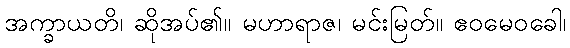
အက္ခာယတိ၊ ဆိုအပ်၏။ မဟာရာဇ၊ မင်းမြတ်။ ဧဝမေဝခေါ၊